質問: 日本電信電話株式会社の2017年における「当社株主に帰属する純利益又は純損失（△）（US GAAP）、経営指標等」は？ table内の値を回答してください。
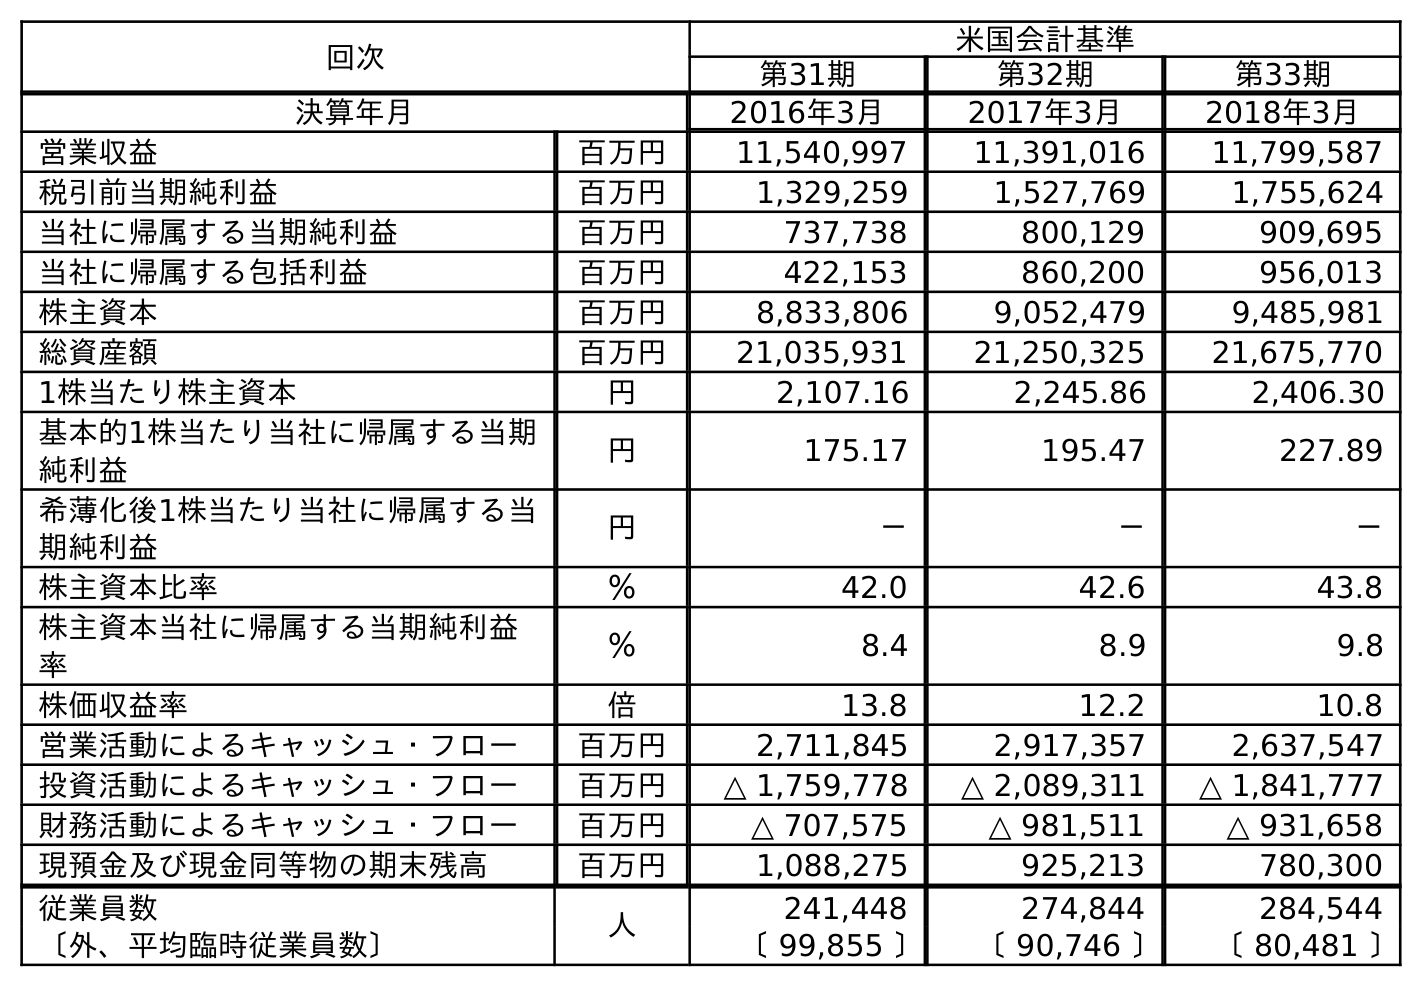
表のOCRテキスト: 回次 米国会計基準 第31期 第32期 第33期 決算年月 2016年3月 2017年3月 2018年3月 営業収益 百万円 11,540,997 11,391,016 11,799,587 税引前当期純利益 百万円 1,329,259 1,527,769 1,755,624 当社に帰属する当期純利益 百万円 737,738 800,129 909,695 当社に帰属する包括利益 百万円 422,153 860,200 956,013 株主資本 百万円 8,833,806 9,052,479 9,485,981 総資産額 百万円 21,035,931 21,250,325 21,675,770 1株当たり株主資本 円 2,107.16 2,245.86 2,406.30 基本的1株当たり当社に帰属する当期 純利益 円 175.17 195.47 227.89 希薄化後1株当たり当社に帰属する当 期純利益 円 － － － 株主資本比率 ％ 42.0 42.6 43.8 株主資本当社に帰属する当期純利益 率 ％ 8.4 8.9 9.8 株価収益率 倍 13.8 12.2 10.8 営業活動によるキャッシュ・フロー 百万円 2,711,845 2,917,357 2,637,547 投資活動によるキャッシュ・フロー 百万円 △ 1,759,778 △ 2,089,311 △ 1,841,777 財務活動によるキャッシュ・フロー 百万円 △ 707,575 △ 981,511 △ 931,658 現預金及び現金同等物の期末残高 百万円 1,088,275 925,213 780,300 従業員数 人 241,448 274,844 284,544 〔外、平均臨時従業員数〕 〔 99,855 〕 〔 90,746 〕 〔 80,481 〕
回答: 800,129